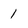
Character: 1